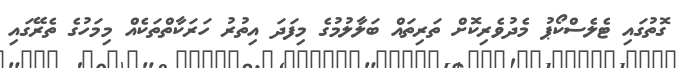
ގޮތުގައި ޓެލެސްކޯޕު މެދުވެރިކޮށް ތަރިތައް ބަލާލުމުގެ މިފަދަ އިތުރު ހަރަކާތްތަކެއް މިމަހުގެ ތެރޭގައި